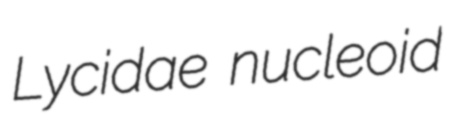
Lycidae nucleoid